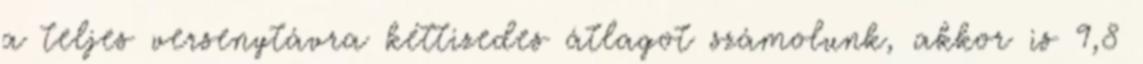
a teljes versenytávra kéttizedes átlagot számolunk, akkor is 9,8